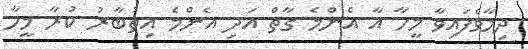
ދިމާވެފައިވާ މީހާ އާ އެންމެ ގާތް އަދި އެންމެ އިތުބާރު ކުރާ މީހާ